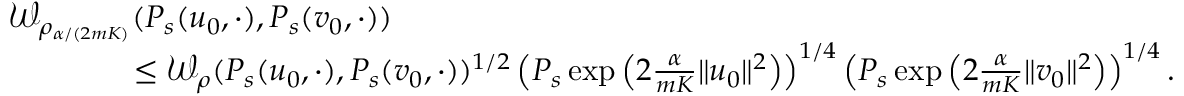
\begin{array} { r l } & { \mathcal { W } _ { \rho _ { \alpha / ( 2 m K ) } } ( P _ { s } ( u _ { 0 } , \cdot ) , P _ { s } ( v _ { 0 } , \cdot ) ) } \\ & { \qquad \qquad \leq \mathcal { W } _ { \rho } ( P _ { s } ( u _ { 0 } , \cdot ) , P _ { s } ( v _ { 0 } , \cdot ) ) ^ { 1 / 2 } \left( P _ { s } \exp \left( 2 \frac { \alpha } { m K } \| u _ { 0 } \| ^ { 2 } \right) \right) ^ { 1 / 4 } \left( P _ { s } \exp \left( 2 \frac { \alpha } { m K } \| v _ { 0 } \| ^ { 2 } \right) \right) ^ { 1 / 4 } . } \end{array}